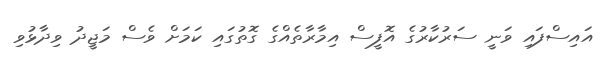
އައިސްފައި ވަނީ ސަރުކާރުގެ އޮފީސް އިމާރާތެއްގެ ގޮތުގައި ކަމަށް ވެސް މަޖީދު ވިދާޅުވި